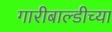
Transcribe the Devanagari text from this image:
गारीबाल्डीच्या